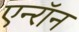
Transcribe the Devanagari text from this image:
एन्‍रॉन